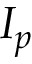
I _ { p }